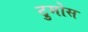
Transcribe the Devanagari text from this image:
टुमोस